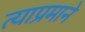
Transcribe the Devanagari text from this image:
त्याप्रमाने